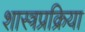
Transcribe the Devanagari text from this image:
शास्त्रप्रक्रिया